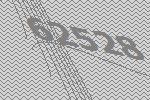
62528